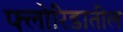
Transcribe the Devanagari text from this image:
फ्लोरिडातील